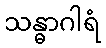
သန္ဓာဂါရံ